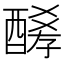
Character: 𨢀